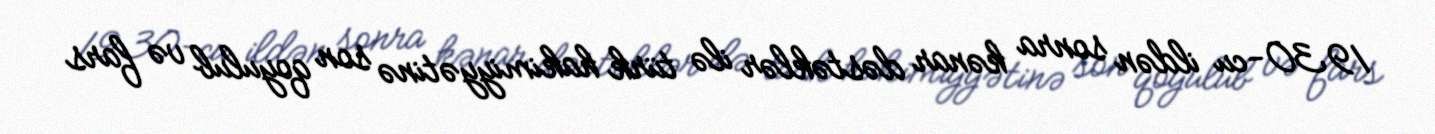
1930-cu ildən sonra kənar dəstəklər ilə türk hakimiyyətinə son qoyulub və fars